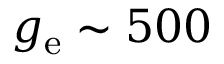
g _ { \mathrm { e } } \sim 5 0 0